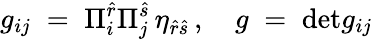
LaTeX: g_{ij}\; =\; \Pi_{i}^{\hat{r}}\Pi_{j}^{\hat{s}}\, \eta_{\hat{r}\hat{s}}\, ,\quad g\; =\; \mathrm{det}g_{ij}